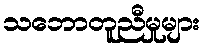
သဘောတူညီမှုများ